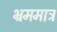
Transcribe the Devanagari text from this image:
भ्रममात्र